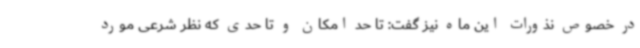
در خصوص نذورات این ماه نیز گفت: تا حد امکان و تا حدی که نظر شرعی مورد